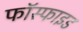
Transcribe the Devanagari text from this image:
फॉस्फाइड